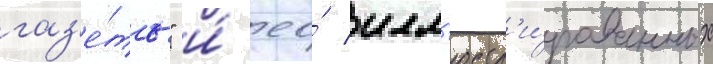
газ'е́ты" и́ ео́ илл'юстр'и́рованных